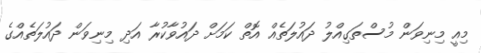
މިއީ މިނިވަން މުސްތަގިއްލު ދައުލަތެއް އޮތް ކަމަށް ދައުވާކުރާ އަދި މިނިވަން ދައުލަތެއްގެ